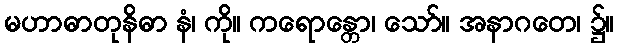
မဟာဓာတုနိဓာ နံ၊ ကို။ ကရောန္တော၊ သော်။ အနာဂတေ၊ ၌။